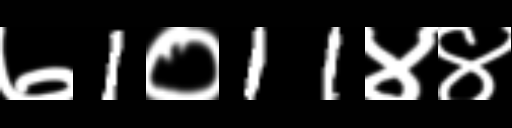
Text: ७1०11४४